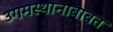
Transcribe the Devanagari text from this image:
उगमस्थानाबाबत